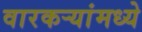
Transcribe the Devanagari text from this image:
वारकर्‍यांमध्ये